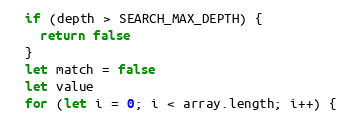
Language: JavaScript
  if (depth > SEARCH_MAX_DEPTH) {
    return false
  }
  let match = false
  let value
  for (let i = 0; i < array.length; i++) {